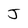
Character: J